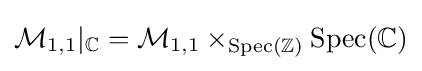
{\mathcal {M}}_{1,1}|_{\mathbb {C} }={\mathcal {M}}_{1,1}\times _{{\text{Spec}}(\mathbb {Z} )}{\text{Spec}}(\mathbb {C} )